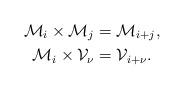
LaTeX: \begin{align*} \mathcal M_i \times \mathcal M_j &= \mathcal M_{i+j}, \\ \mathcal M_i \times \mathcal V_\nu &= \mathcal V_{i+\nu} . \end{align*}